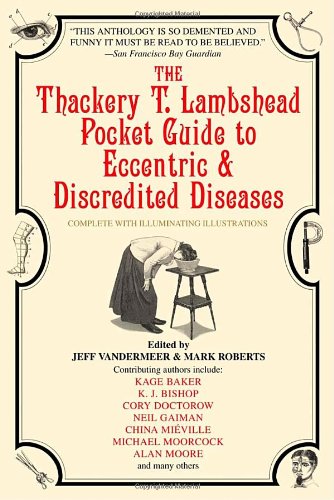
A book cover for The Thackery T. Lambshead Pocket Guide to Eccentric & Discredited Diseases; Mark Roberts; Humor & Entertainment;